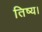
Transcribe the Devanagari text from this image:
तिष्य।